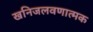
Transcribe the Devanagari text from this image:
खनिजलवणात्मक